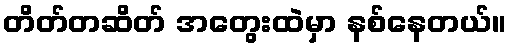
တိတ်တဆိတ် အတွေးထဲမှာ နစ်နေတယ်။